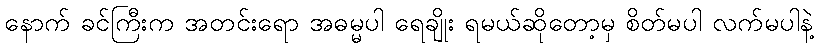
နောက် ခင်ကြီးက အတင်းရော အဓမ္မပါ ရေချိုး ရမယ်ဆိုတော့မှ စိတ်မပါ လက်မပါနဲ့